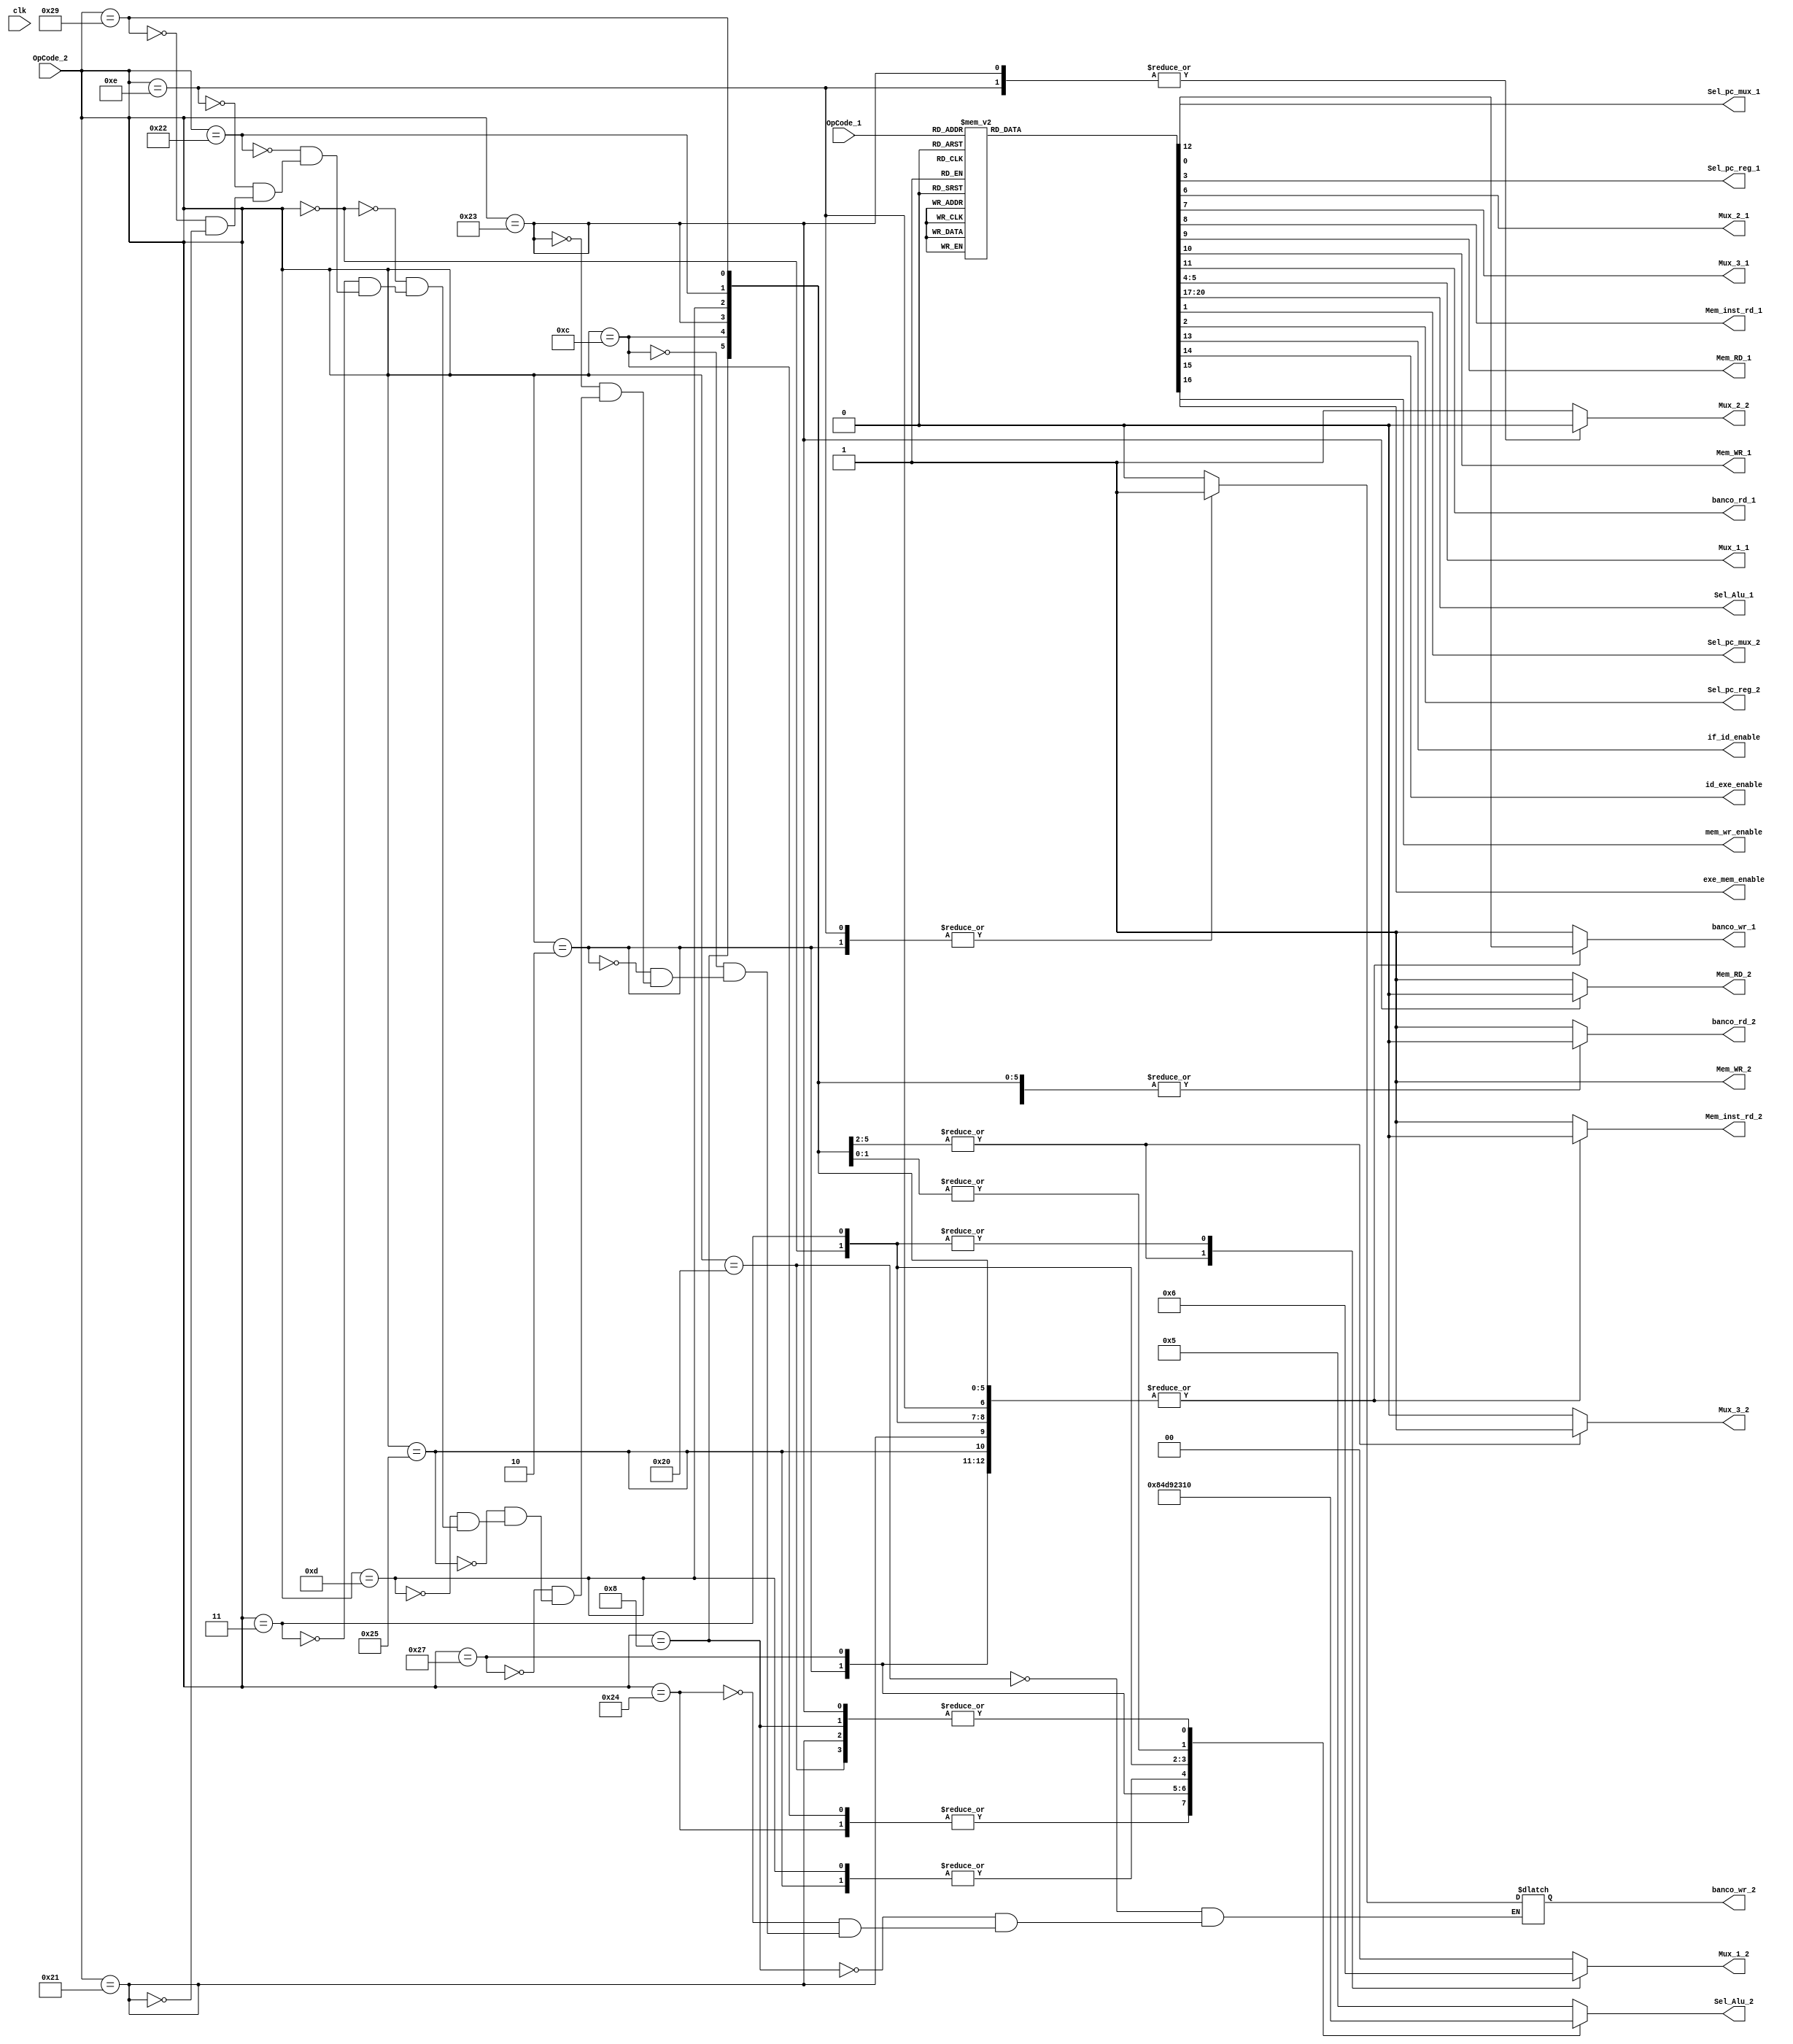
`timescale 1ns / 1ps
//////////////////////////////////////////////////////////////////////////////////
// Company: 
// Engineer: 
// 
// Design Name: 
// Module Name: control
// Project Name: 
// Target Devices: 
// Tool Versions: 
// Description: 
// 
// Dependencies: 
// 
// Revision:
// Revision 0.01 - File Created
// Additional Comments:
// 
//////////////////////////////////////////////////////////////////////////////////


module control(

   input clk,
   input [5:0] OpCode_1,
   output reg Sel_pc_mux_1, Sel_pc_reg_1, Mux_2_1, Mux_3_1,
   Mem_inst_rd_1, Mem_RD_1, Mem_WR_1, banco_rd_1, banco_wr_1,
   output reg [1:0] Mux_1_1,
   output reg [3:0] Sel_Alu_1,
   ///////////////////////////////////////////////////////////////
   input [5:0] OpCode_2,
   output reg Sel_pc_mux_2, Sel_pc_reg_2, Mux_2_2, Mux_3_2,
   Mem_inst_rd_2, Mem_RD_2, Mem_WR_2, banco_rd_2, banco_wr_2,
   output reg [1:0] Mux_1_2,
   output reg [3:0] Sel_Alu_2,
   ///////////////////////////////////////////////////////////////
   output reg if_id_enable, id_exe_enable, exe_mem_enable, mem_wr_enable
   );

initial begin
   Sel_pc_mux_1 = 0;
   Sel_pc_reg_1 = 0;
   Mux_1_1 = 0;
   Mux_2_1 = 1;
   Mux_3_1 = 0;
   Mem_inst_rd_1 = 0;
   Mem_RD_1 = 0;
   Mem_WR_1 = 0;
   banco_rd_1 = 1;
   banco_wr_1 = 1;
/////////////////////////////////////////
    Sel_pc_mux_2 = 0;
    Sel_pc_reg_2 = 0;
    Mux_1_2 = 0;
    Mux_2_2 = 1;
    Mux_3_2 = 0;
    Mem_inst_rd_2 = 0;
    Mem_RD_2 = 0;
    Mem_WR_2 = 0;
    banco_rd_2 = 1;
    banco_wr_2 = 1;
////////////////////////////////////////
   if_id_enable = 0;
   id_exe_enable = 1;
   exe_mem_enable = 1;
   mem_wr_enable = 1;
   Sel_Alu_1 = 4'h0;
   Sel_Alu_2 = 4'h0;
end

always @(*)
begin

   case(OpCode_1)
       6'h20:                                //opcode de un add
       begin
           Sel_pc_mux_1 = 0;
           Sel_pc_mux_2 = 0;
           Sel_pc_reg_2 = 0;
           Sel_pc_reg_1 = 0;
           Mux_1_1 = 0;                        //selecion de mux de entrada para el dato B de la alu y el shamp
           Mux_2_1 = 1;                        //selecion de mux dato de la memoria 0 o operacion 1
           Mux_3_1 = 0;                        //selecion de mux de direccion de rd 0 o rt 1
           Mem_inst_rd_1 = 0;
           Mem_RD_1 = 1;
           Mem_WR_1 = 1;
           banco_rd_1 = 0;
           banco_wr_1 = 0;
           if_id_enable = 0;
           id_exe_enable = 0;
           exe_mem_enable = 0;
           mem_wr_enable = 0;
           Sel_Alu_1 = 4'h0;
       end
       6'h08:                                //opcode de un addi
       begin
           Sel_pc_mux_1 = 0;
           Sel_pc_mux_2 = 0;
           Sel_pc_reg_2 = 0;
           Sel_pc_reg_1 = 0;
           Mux_1_1 = 1;
           Mux_2_1 = 1;
           Mux_3_1 = 1;
           Mem_inst_rd_1 = 0;
           Mem_RD_1 = 1;
           Mem_WR_1 = 1;
           banco_rd_1 = 0;
           banco_wr_1 = 0;
           if_id_enable = 0;
           id_exe_enable = 0;
           exe_mem_enable = 0;
           mem_wr_enable = 0;
           Sel_Alu_1 = 4'h0;
       end
       6'h24:                                //opcode de un and
       begin
           Sel_pc_mux_1 = 0;
           Sel_pc_reg_1 = 0;
           Sel_pc_mux_2 = 0;
           Sel_pc_reg_2 = 0;
           Mux_1_1 = 0;
           Mux_2_1 = 1;
           Mux_3_1 = 0;
           Mem_inst_rd_1 = 0;
           Mem_RD_1 = 1;
           Mem_WR_1 = 1;
           banco_rd_1 = 0;
           banco_wr_1 = 0;
           if_id_enable = 0;
           id_exe_enable = 0;
           exe_mem_enable = 0;
           mem_wr_enable = 0;
           Sel_Alu_1 = 4'h8;
       end
       6'h0c:                                //opcode de un andi
       begin
           Sel_pc_mux_1 = 0;
           Sel_pc_reg_1 = 0;
           Sel_pc_mux_2 = 0;
           Sel_pc_reg_2 = 0;
           Mux_1_1 = 1;
           Mux_2_1 = 1;
           Mux_3_1 = 1;
           Mem_inst_rd_1 = 0;
           Mem_RD_1 = 1;
           Mem_WR_1 = 1;
           banco_rd_1 = 0;
           banco_wr_1 = 0;
           if_id_enable = 0;
           id_exe_enable = 0;
           exe_mem_enable = 0;
           mem_wr_enable = 0;
           Sel_Alu_1 = 4'h8;
       end
       6'h02:                                //opcode de un j
       begin                                 //Se usa un opcode de 3 porque se repite para el slr
           Sel_pc_mux_1 = 1;                  //usando el de 0x3 no habra errores
           Sel_pc_reg_1 = 0;
           Sel_pc_mux_2 = 1;
           Sel_pc_reg_2 = 0;
           Mux_1_1 = 0;
           Mux_2_1 = 1;
           Mux_3_1 = 0;
           Mem_inst_rd_1 = 0;
           Mem_RD_1 = 1;
           Mem_WR_1 = 1;
           banco_rd_1 = 1;
           banco_wr_1 = 1;
           if_id_enable = 0;
           id_exe_enable = 0;
           exe_mem_enable = 0;
           mem_wr_enable = 0;
           Sel_Alu_1 = 4'h4;
       end

       6'h23:                                //opcode de un lw
       begin
           Sel_pc_mux_1 = 0;
           Sel_pc_reg_1 = 0;
           Sel_pc_mux_2 = 0;
           Sel_pc_reg_2 = 0;
           Mux_1_1 = 1;
           Mux_2_1 = 0;
           Mux_3_1 = 1;
           Mem_inst_rd_1 = 0;
           Mem_RD_1 = 0;
           Mem_WR_1 = 1;
           banco_rd_1 = 0;
           banco_wr_1 = 0;
           if_id_enable = 0;
           id_exe_enable = 0;
           exe_mem_enable = 0;
           mem_wr_enable = 0;
           Sel_Alu_1 = 4'h0;
       end
       6'h27:                                //opcode de un nor
       begin
           Sel_pc_mux_1 = 0;
           Sel_pc_reg_1 = 0;
           Sel_pc_mux_2 = 0;
           Sel_pc_reg_2 = 0;
           Mux_1_1 = 0;
           Mux_2_1 = 1;
           Mux_3_1 = 0;
           Mem_inst_rd_1 = 0;
           Mem_RD_1 = 1;
           Mem_WR_1 = 1;
           banco_rd_1 = 0;
           banco_wr_1 = 0;
           if_id_enable = 0;
           id_exe_enable = 0;
           exe_mem_enable = 0;
           mem_wr_enable = 0;
           Sel_Alu_1 = 4'hd;
       end
       6'h25:                                //opcode de un or
       begin
           Sel_pc_mux_1 = 0;
           Sel_pc_reg_1 = 0;
           Sel_pc_mux_2 = 0;
           Sel_pc_reg_2 = 0;
           Mux_1_1 = 0;
           Mux_2_1 = 1;
           Mux_3_1 = 0;
           Mem_inst_rd_1 = 0;
           Mem_RD_1 = 1;
           Mem_WR_1 = 1;
           banco_rd_1 = 0;
           banco_wr_1 = 0;
           if_id_enable = 0;
           id_exe_enable = 0;
           exe_mem_enable = 0;
           mem_wr_enable = 0;
           Sel_Alu_1 = 4'h9;
       end
       6'h0d:                                //opcode de un ori
       begin
           Sel_pc_mux_1 = 0;
           Sel_pc_reg_1 = 0;
           Sel_pc_mux_2 = 0;
           Sel_pc_reg_2 = 0;
           Mux_1_1 = 1;
           Mux_2_1 = 1;
           Mux_3_1 = 1;
           Mem_inst_rd_1 = 0;
           Mem_RD_1 = 1;
           Mem_WR_1 = 1;
           banco_rd_1 = 0;
           banco_wr_1 = 0;
           if_id_enable = 0;
           id_exe_enable = 0;
           exe_mem_enable = 0;
           mem_wr_enable = 0;
           Sel_Alu_1 = 4'h9;
       end
       6'h00:                                //opcode de un sll
       begin
           Sel_pc_mux_1 = 0;
           Sel_pc_reg_1 = 0;
           Sel_pc_mux_2 = 0;
           Sel_pc_reg_2 = 0;
           Mux_1_1 = 2'h2;
           Mux_2_1 = 1;
           Mux_3_1 = 0;
           Mem_inst_rd_1 = 0;
           Mem_RD_1 = 1;
           Mem_WR_1 = 1;
           banco_rd_1 = 0;
           banco_wr_1 = 0;
           if_id_enable = 0;
           id_exe_enable = 0;
           exe_mem_enable = 0;
           mem_wr_enable = 0;
           Sel_Alu_1 = 4'h2;
       end
       6'h03:                                //opcode de un slr
       begin
           Sel_pc_mux_1 = 0;
           Sel_pc_reg_1 = 0;
           Sel_pc_mux_2 = 0;
           Sel_pc_reg_2 = 0;
           Mux_1_1 = 2'h2;
           Mux_2_1 = 1;
           Mux_3_1 = 0;
           Mem_inst_rd_1 = 0;
           Mem_RD_1 = 1;
           Mem_WR_1 = 1;
           banco_rd_1 = 0;
           banco_wr_1 = 0;
           if_id_enable = 0;
           id_exe_enable = 0;
           exe_mem_enable = 0;
           mem_wr_enable = 0;
           Sel_Alu_1 = 4'h3;
       end
       6'h22:                                //opcode de un sub
       begin
           Sel_pc_mux_1 = 0;
           Sel_pc_reg_1 = 0;
           Sel_pc_mux_2 = 0;
           Sel_pc_reg_2 = 0;
           Mux_1_1 = 0;
           Mux_2_1 = 1;
           Mux_3_1 = 0;
           Mem_inst_rd_1 = 0;
           Mem_RD_1 = 1;
           Mem_WR_1 = 1;
           banco_rd_1 = 0;
           banco_wr_1 = 0;
           if_id_enable = 0;
           id_exe_enable = 0;
           exe_mem_enable = 0;
           mem_wr_enable = 0;
           Sel_Alu_1 = 4'h1;
       end
       6'h0e:                                     //nop
       begin
           Sel_pc_mux_1 = 0;
           Sel_pc_reg_1 = 0;
           Sel_pc_mux_2 = 0;
           Sel_pc_reg_2 = 0;
           Mux_1_1 = 0;
           Mux_2_1 = 0;
           Mux_3_1 = 0;
           Mem_inst_rd_1 = 0;
           Mem_RD_1 = 1;
           Mem_WR_1 = 1;
           banco_rd_1 = 1;
           banco_wr_1 = 1;
           if_id_enable = 0;
           id_exe_enable = 0;
           exe_mem_enable = 0;
           mem_wr_enable = 0;
           Sel_Alu_1 = 4'h5;
       end
       6'h29:                                     //subu
       begin
           Sel_pc_mux_1 = 0;
           Sel_pc_reg_1 = 0;
           Sel_pc_mux_2 = 0;
           Sel_pc_reg_2 = 0;
           Mux_1_1 = 0;
           Mux_2_1 = 1;
           Mux_3_1 = 0;
           Mem_inst_rd_1 = 0;
           Mem_RD_1 = 1;
           Mem_WR_1 = 1;
           banco_rd_1 = 0;
           banco_wr_1 = 0;
           if_id_enable = 0;
           id_exe_enable = 0;
           exe_mem_enable = 0;
           mem_wr_enable = 0;
           Sel_Alu_1 = 4'h1;
       end

       6'h21:                                //opcode de un addu
       begin
           Sel_pc_mux_1 = 0;
           Sel_pc_reg_1 = 0;
           Sel_pc_mux_2 = 0;
           Sel_pc_reg_2 = 0;
           Mux_1_1 = 0;                        //selecion de mux de entrada para el dato B de la alu
           Mux_2_1 = 1;                        //selecion de mux dato de la memoria 0 o operacion 1
           Mux_3_1 = 0;                        //selecion de mux de direccion de rd 0 o rt 1
           Mem_inst_rd_1 = 0;
           Mem_RD_1 = 1;
           Mem_WR_1 = 1;
           banco_rd_1 = 0;
           banco_wr_1 = 0;
           if_id_enable = 0;
           id_exe_enable = 0;
           exe_mem_enable = 0;
           mem_wr_enable = 0;
           Sel_Alu_1 = 4'h0;
       end

       default:
       begin
           Sel_pc_mux_1 = 0;
           Sel_pc_reg_1 = 1;
           Sel_pc_mux_2 = 0;
           Sel_pc_reg_2 = 1;
           Mux_1_1 = 0;
           Mux_2_1 = 1;
           Mux_3_1 = 0;
           Mem_inst_rd_1 = 1;
           Mem_RD_1 = 1;
           Mem_WR_1 = 1;
           banco_rd_1 = 1;
           banco_wr_1 = 1;
           if_id_enable = 1;
           id_exe_enable = 1;
           exe_mem_enable = 1;
           mem_wr_enable = 1;
           Sel_Alu_1 = 4'h5;
       end
   endcase

   case(OpCode_2)
       6'h20:                                //opcode de un add
       begin
           Mux_1_2 = 0;                        //selecion de mux de entrada para el dato B de la alu y el shamp
           Mux_2_2 = 1;                        //selecion de mux dato de la memoria 0 o operacion 1
           Mux_3_2 = 0;                        //selecion de mux de direccion de rd 0 o rt 1
           Mem_inst_rd_2 = 0;
           Mem_RD_2 = 1;
           Mem_WR_2 = 1;
           banco_rd_2 = 0;
           banco_wr_2 = 0;
           Sel_Alu_2 = 4'h0;
       end
       6'h08:                                //opcode de un addi
       begin
           Mux_1_2 = 1;
           Mux_2_2 = 1;
           Mux_3_2 = 1;
           Mem_inst_rd_2 = 0;
           Mem_RD_2 = 1;
           Mem_WR_2 = 1;
           banco_rd_2 = 0;
           banco_wr_2 = 0;
           Sel_Alu_2 = 4'h0;
       end
       6'h24:                                //opcode de un and
       begin
           Mux_1_2 = 0;
           Mux_2_2 = 1;
           Mux_3_2 = 0;
           Mem_inst_rd_2 = 0;
           Mem_RD_2 = 1;
           Mem_WR_2 = 1;
           banco_rd_2 = 0;
           banco_wr_2 = 0;
           Sel_Alu_2 = 4'h8;
       end
       6'h0c:                                //opcode de un andi
       begin
           Mux_1_2 = 1;
           Mux_2_2 = 1;
           Mux_3_2 = 1;
           Mem_inst_rd_2 = 0;
           Mem_RD_2 = 1;
           Mem_WR_2 = 1;
           banco_rd_2 = 0;
           banco_wr_2 = 0;
           Sel_Alu_2 = 4'h8;
       end
       6'h02:                                //opcode de un j
       begin
           Mux_1_2 = 0;
           Mux_2_2 = 1;
           Mux_3_2 = 0;
           Mem_inst_rd_2 = 0;
           Mem_RD_2 = 1;
           Mem_WR_2 = 1;
           banco_rd_2 = 1;
           banco_wr_2 = 1;
           Sel_Alu_2 = 4'h4;
       end

       6'h23:                                //opcode de un lw
       begin
           Mux_1_2 = 1;
           Mux_2_2 = 0;
           Mux_3_2 = 1;
           Mem_inst_rd_2 = 0;
           Mem_RD_2 = 0;
           Mem_WR_2 = 1;
           banco_rd_2 = 0;
           banco_wr_2 = 0;
           Sel_Alu_2 = 4'h0;
       end
       6'h27:                                //opcode de un nor
       begin
           Mux_1_2 = 0;
           Mux_2_2 = 1;
           Mux_3_2 = 0;
           Mem_inst_rd_2 = 0;
           Mem_RD_2 = 1;
           Mem_WR_2 = 1;
           banco_rd_2 = 0;
           banco_wr_2 = 0;
           Sel_Alu_2 = 4'hd;
       end
       6'h25:                                //opcode de un or
       begin
           Mux_1_2 = 0;
           Mux_2_2 = 1;
           Mux_3_2 = 0;
           Mem_inst_rd_2 = 0;
           Mem_RD_2 = 1;
           Mem_WR_2 = 1;
           banco_rd_2 = 0;
           banco_wr_2 = 0;
           Sel_Alu_2 = 4'h9;
       end
       6'h0d:                                //opcode de un ori
       begin
           Mux_1_2 = 1;
           Mux_2_2 = 1;
           Mux_3_2 = 1;
           Mem_inst_rd_2 = 0;
           Mem_RD_2 = 1;
           Mem_WR_2 = 1;
           banco_rd_2 = 0;
           banco_wr_2 = 0;
           Sel_Alu_2 = 4'h9;
       end
       6'h00:                                //opcode de un sll
       begin
           Mux_1_2 = 2'h2;
           Mux_2_2 = 1;
           Mux_3_2 = 0;
           Mem_inst_rd_2 = 0;
           Mem_RD_2 = 1;
           Mem_WR_2 = 1;
           banco_rd_2 = 0;
           banco_wr_2 = 0;
           Sel_Alu_2 = 4'h2;
       end
       6'h03:                                //opcode de un slr
       begin
           Mux_1_2 = 2'h2;
           Mux_2_2 = 1;
           Mux_3_2 = 0;
           Mem_inst_rd_2 = 0;
           Mem_RD_2 = 1;
           Mem_WR_2 = 1;
           banco_rd_2 = 0;
           banco_wr_2 = 0;
           Sel_Alu_2 = 4'h3;
       end
       6'h22:                                //opcode de un sub
       begin
           Mux_1_2 = 0;
           Mux_2_2 = 1;
           Mux_3_2 = 0;
           Mem_inst_rd_2 = 0;
           Mem_RD_2 = 1;
           Mem_WR_2 = 1;
           banco_rd_2 = 0;
           banco_wr_2 = 0;
           Sel_Alu_2 = 4'h1;
       end
       6'h0e:                                     //nop
       begin
           Mux_1_2 = 0;
           Mux_2_2 = 0;
           Mux_3_2 = 0;
           Mem_inst_rd_2 = 0;
           Mem_RD_2 = 1;
           Mem_WR_2 = 1;
           banco_rd_2 = 1;
           banco_wr_2 = 1;
           Sel_Alu_2 = 4'h5;
       end
       6'h29:                                     //subu
       begin
           Mux_1_2 = 0;
           Mux_2_2 = 1;
           Mux_3_2 = 0;
           Mem_inst_rd_2 = 0;
           Mem_RD_2 = 1;
           Mem_WR_2 = 1;
           banco_rd_2 = 0;
           banco_wr_2 = 0;
           Sel_Alu_2 = 4'h1;
       end

       6'h21:                                //opcode de un addu
       begin
           Mux_1_2 = 0;                        //selecion de mux de entrada para el dato B de la alu
           Mux_2_2 = 1;                        //selecion de mux dato de la memoria 0 o operacion 1
           Mux_3_2 = 0;                        //selecion de mux de direccion de rd 0 o rt 1
           Mem_inst_rd_2 = 0;
           Mem_RD_2 = 1;
           Mem_WR_2 = 1;
           banco_rd_2 = 0;
           banco_wr_2 = 0;
           Sel_Alu_2 = 4'h0;
       end

       default:
       begin
           Mux_1_2 = 0;
           Mux_2_2 = 1;
           Mux_3_2 = 0;
           Mem_inst_rd_2 = 1;
           Mem_RD_2 = 1;
           Mem_WR_2 = 1;
           banco_rd_2 = 1;
           banco_wr_1 = 1;
           Sel_Alu_2 = 4'h5;
       end
   endcase
end

endmodule